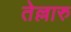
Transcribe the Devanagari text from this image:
तेल्लारु